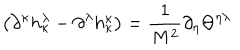
\left( \partial ^ { \kappa } h _ { \kappa } ^ { \lambda } - \partial ^ { \lambda } h _ { \kappa } ^ { \kappa } \right) = \frac { 1 } { M ^ { 2 } } \partial _ { \eta } \Theta ^ { \eta \lambda } \,